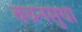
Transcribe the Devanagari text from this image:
वचनसुधा